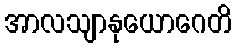
အာလသျာနုယောဂေတိ